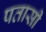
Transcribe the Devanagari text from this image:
पतासी